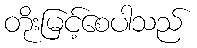
တိုးမြင့်စေပါသည်